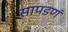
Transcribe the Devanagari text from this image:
सापडणं